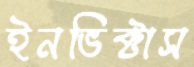
ইনভিক্টাস